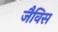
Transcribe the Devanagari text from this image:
जैविस